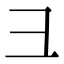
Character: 彐